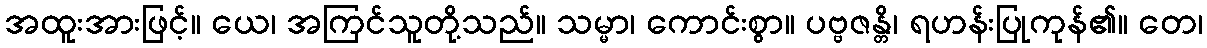
အထူးအားဖြင့်။ ယေ၊ အကြင်သူတို့သည်။ သမ္မာ၊ ကောင်းစွာ။ ပဗ္ဗဇန္တိ၊ ရဟန်းပြုကုန်၏။ တေ၊